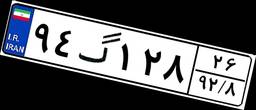
۹۴گ۱۲۸۲۶